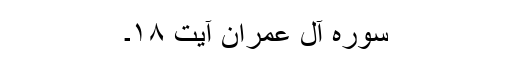
سوره آل‌ عمران آیت ۱۸۔